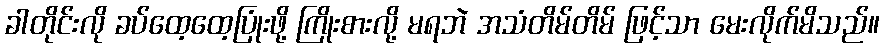
ခါတိုင်းလို ခပ်ထေ့ထေ့ပြုံးဖို့ ကြိုးစားလို့ မရဘဲ အသံတိမ်တိမ် ဖြင့်သာ မေးလိုက်မိသည်။